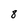
Character: 8